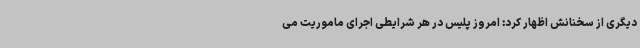
دیگری از سخنانش اظهار کرد: امروز پلیس در هر شرایطی اجرای ماموریت می